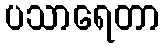
ပသာရေတာ